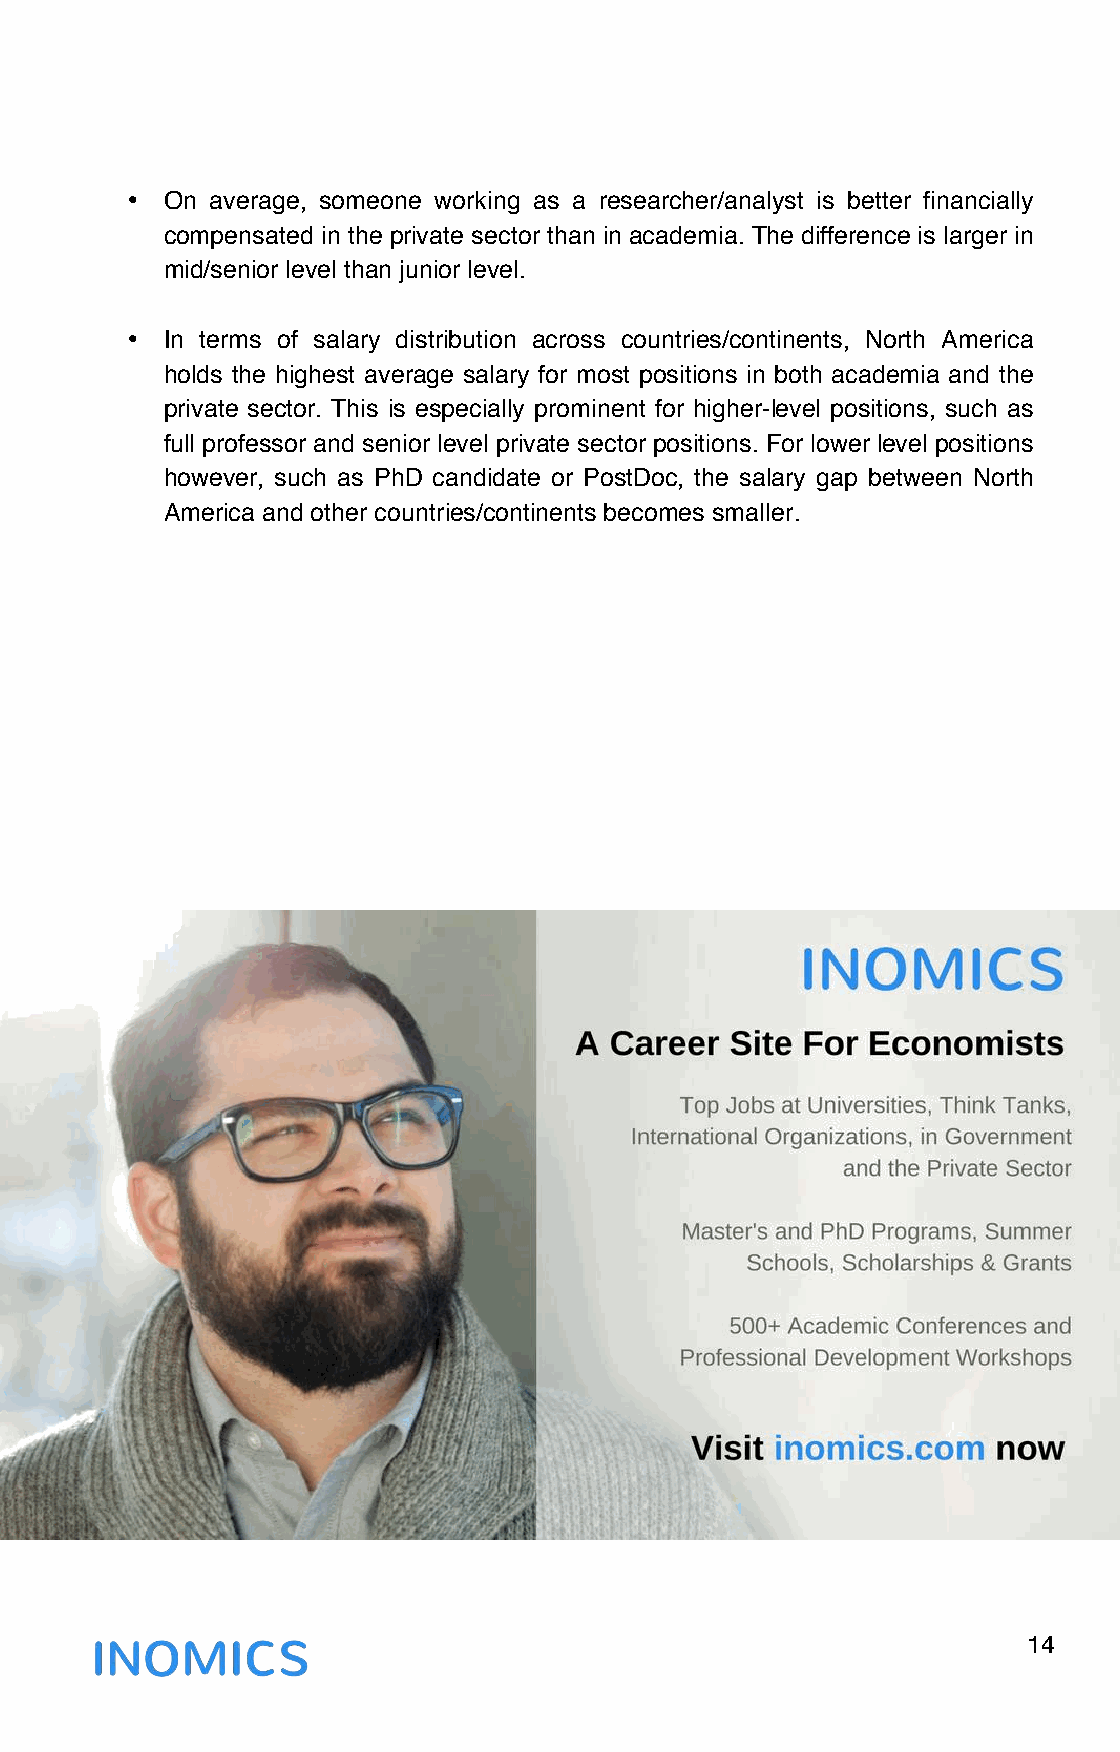
•  On average, someone working as a researcher/analyst is better financially
 compensated in the private sector than in academia. The difference is larger in
 mid/senior level than junior level.
 •  In terms of salary distribution across countries/continents, North America
 holds the highest average salary for most positions in both academia and the
 private sector. This is especially prominent for higher-level positions, such as
 full professor and senior level private sector positions. For lower level positions
 however, such as PhD candidate or PostDoc, the salary gap between North
 America and other countries/continents becomes smaller.
 14
 !